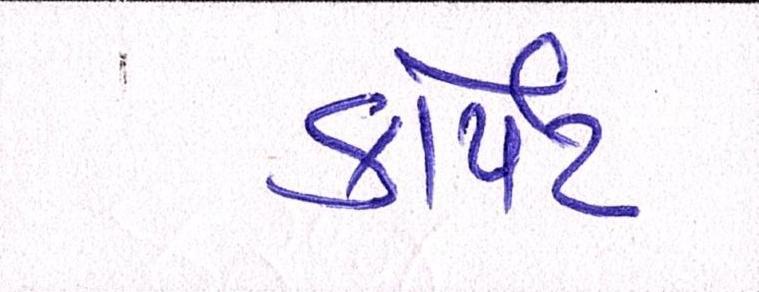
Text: કાર્પેટ